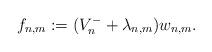
LaTeX: \begin{align*}f_{n,m}:= (V_n^- + \lambda_{n,m}) w_{n,m}.\end{align*}